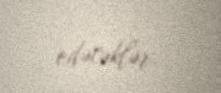
edəcəklər.